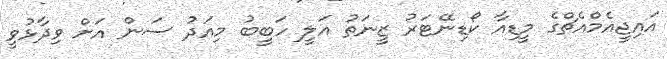
އައިޖީއެމްއެޗްގެ މީޑިއާ ކޯޑިނޭޓަރު ޒީނަތު އަލީ ހަބީބު މިއަދު ސަން އަށް ވިދާޅުވީ